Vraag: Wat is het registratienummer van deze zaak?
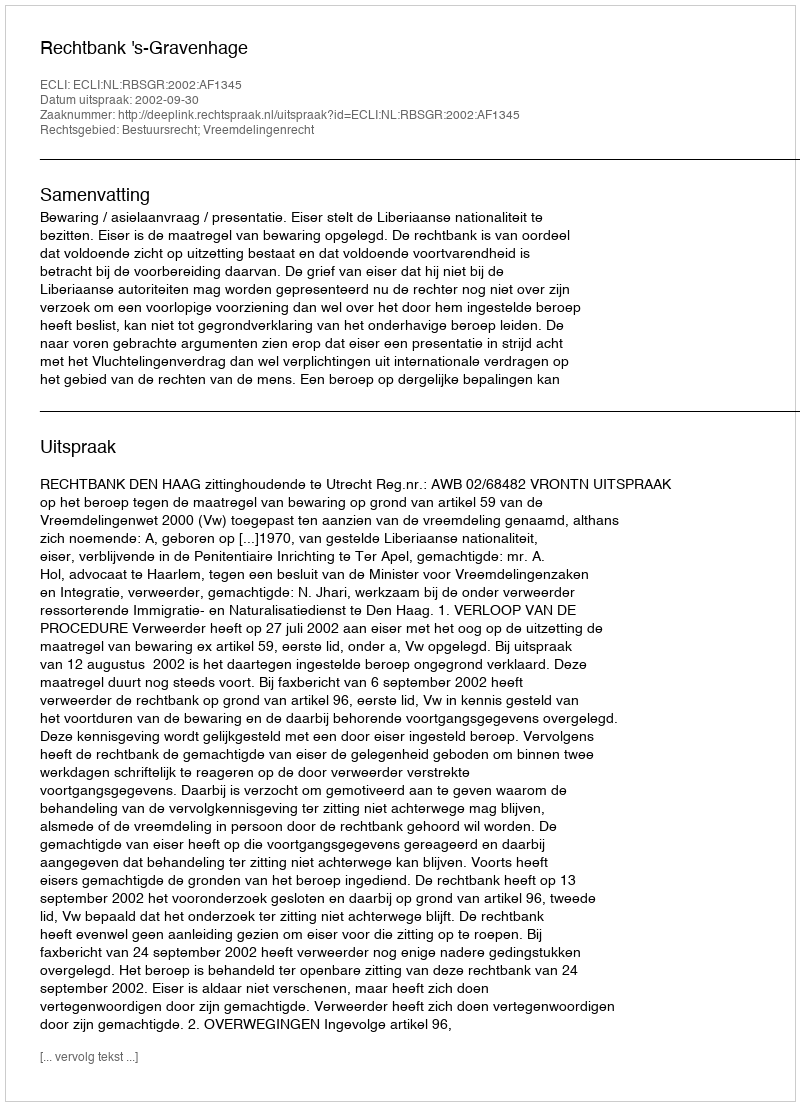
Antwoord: http://deeplink.rechtspraak.nl/uitspraak?id=ECLI:NL:RBSGR:2002:AF1345